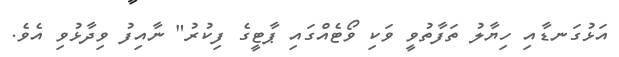
އަޅުގަނޑާއި ހިޔާލު ތަފާތުވީ ވަކި ވޯޓެއްގައި ޕާޓީގެ ފިކުރު" ނާއިފު ވިދާޅުވި އެވެ.